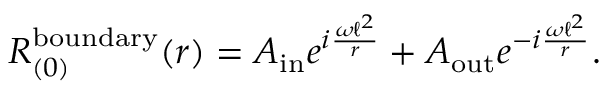
R _ { ( 0 ) } ^ { \mathrm { b o u n d a r y } } ( r ) = A _ { \mathrm { i n } } e ^ { i \frac { \omega \ell ^ { 2 } } { r } } + A _ { \mathrm { o u t } } e ^ { - i \frac { \omega \ell ^ { 2 } } { r } } .